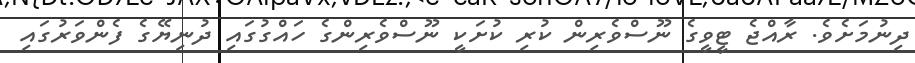
ދިނުމަށެވެ. ރާއްޖެ ޓީވީގެ ނޫސްވެރިން ކުރި ކުށަކީ ނޫސްވެރިންގެ ހައްގުގައި ދުނިޔޭގެ ފެންވަރުގައި